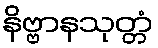
နိဗ္ဗာနသုတ္တံ